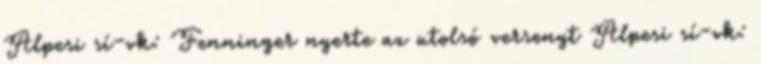
Alpesi sí-vk: Fenninger nyerte az utolsó versenyt Alpesi sí-vk: